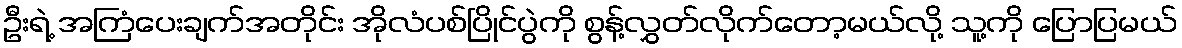
ဦးရဲ့ အကြံပေးချက်အတိုင်း အိုလံပစ်ပြိုင်ပွဲကို စွန့်လွှတ်လိုက်တော့မယ်လို့ သူ့ကို ပြောပြမယ်